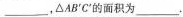
___，△AB'C'的面积为___.